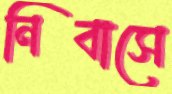
নিবাসে